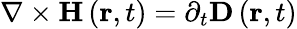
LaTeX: \nabla\times\mathbf{H}\left(\mathbf{r},t\right)=\partial_{t}\mathbf{D}\left(\mathbf{r},t\right)